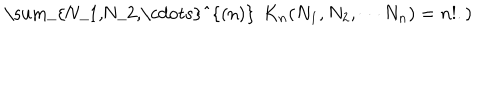
\mathrm { ~ \sum _ { N _ { 1 } , N _ { 2 } , \cdots } ^ { ( n ) } ~ } \, K _ { n } ( N _ { 1 } , N _ { 2 } , \cdots N _ { n } ) = n ! . \mathrm { ) }